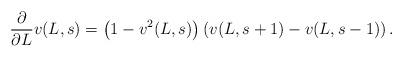
LaTeX: \begin{align*}\frac{\partial}{\partial L}v(L,s) = \left(1 - v^2(L,s)\right)\left(v(L,s+1) - v(L,s-1)\right).\end{align*}